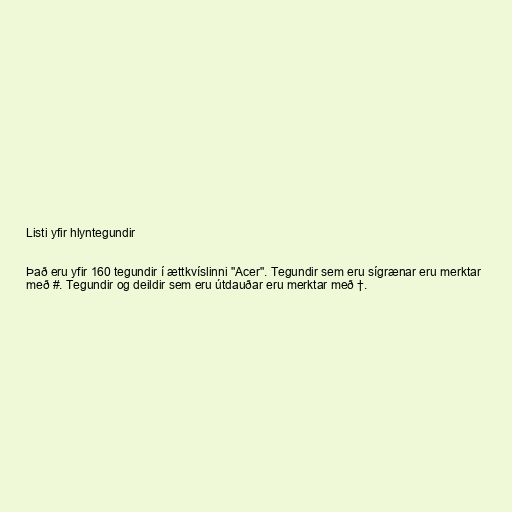
Listi yfir hlyntegundir

Það eru yfir 160 tegundir í ættkvíslinni "Acer". Tegundir sem eru sígrænar eru merktar
með #. Tegundir og deildir sem eru útdauðar eru merktar með †.